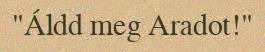
"Áldd meg Aradot!"